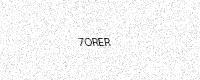
Text: 7ORER